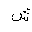
Letter: _shin